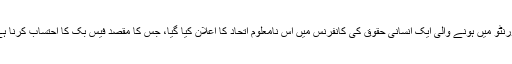
ٹورنٹو میں ہونے والی ایک انسانی حقوق کی کانفرنس میں اس نامعلوم اتحاد کا اعلان کیا گیا، جس کا مقصد فیس بک کا احتساب کرنا ہے۔